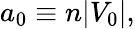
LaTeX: \begin{array}{l}{\displaystyle{a_{0}\equiv n|V_{0}|,}}\end{array}